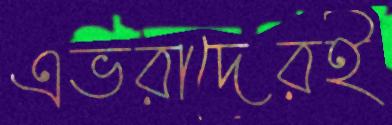
এভরাদেরই